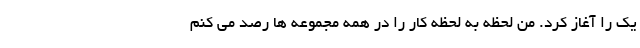
یک را آغاز کرد. من لحظه به لحظه کار را در همه مجموعه ها رصد می کنم